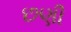
છણી